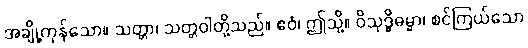
အချို့ကုန်သော။ သတ္တာ၊ သတ္တဝါတို့သည်။ ဧဝံ၊ ဤသို့။ ဝိသုဒ္ဓိဓမ္မာ၊ စင်ကြယ်သော